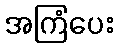
အကြံပေး